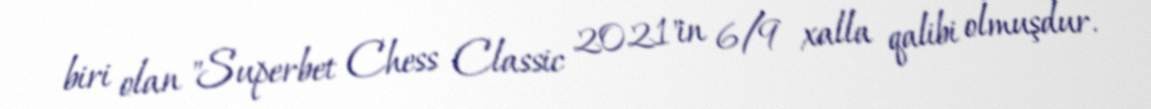
biri olan "Superbet Chess Classic 2021"in 6/9 xalla qalibi olmuşdur.